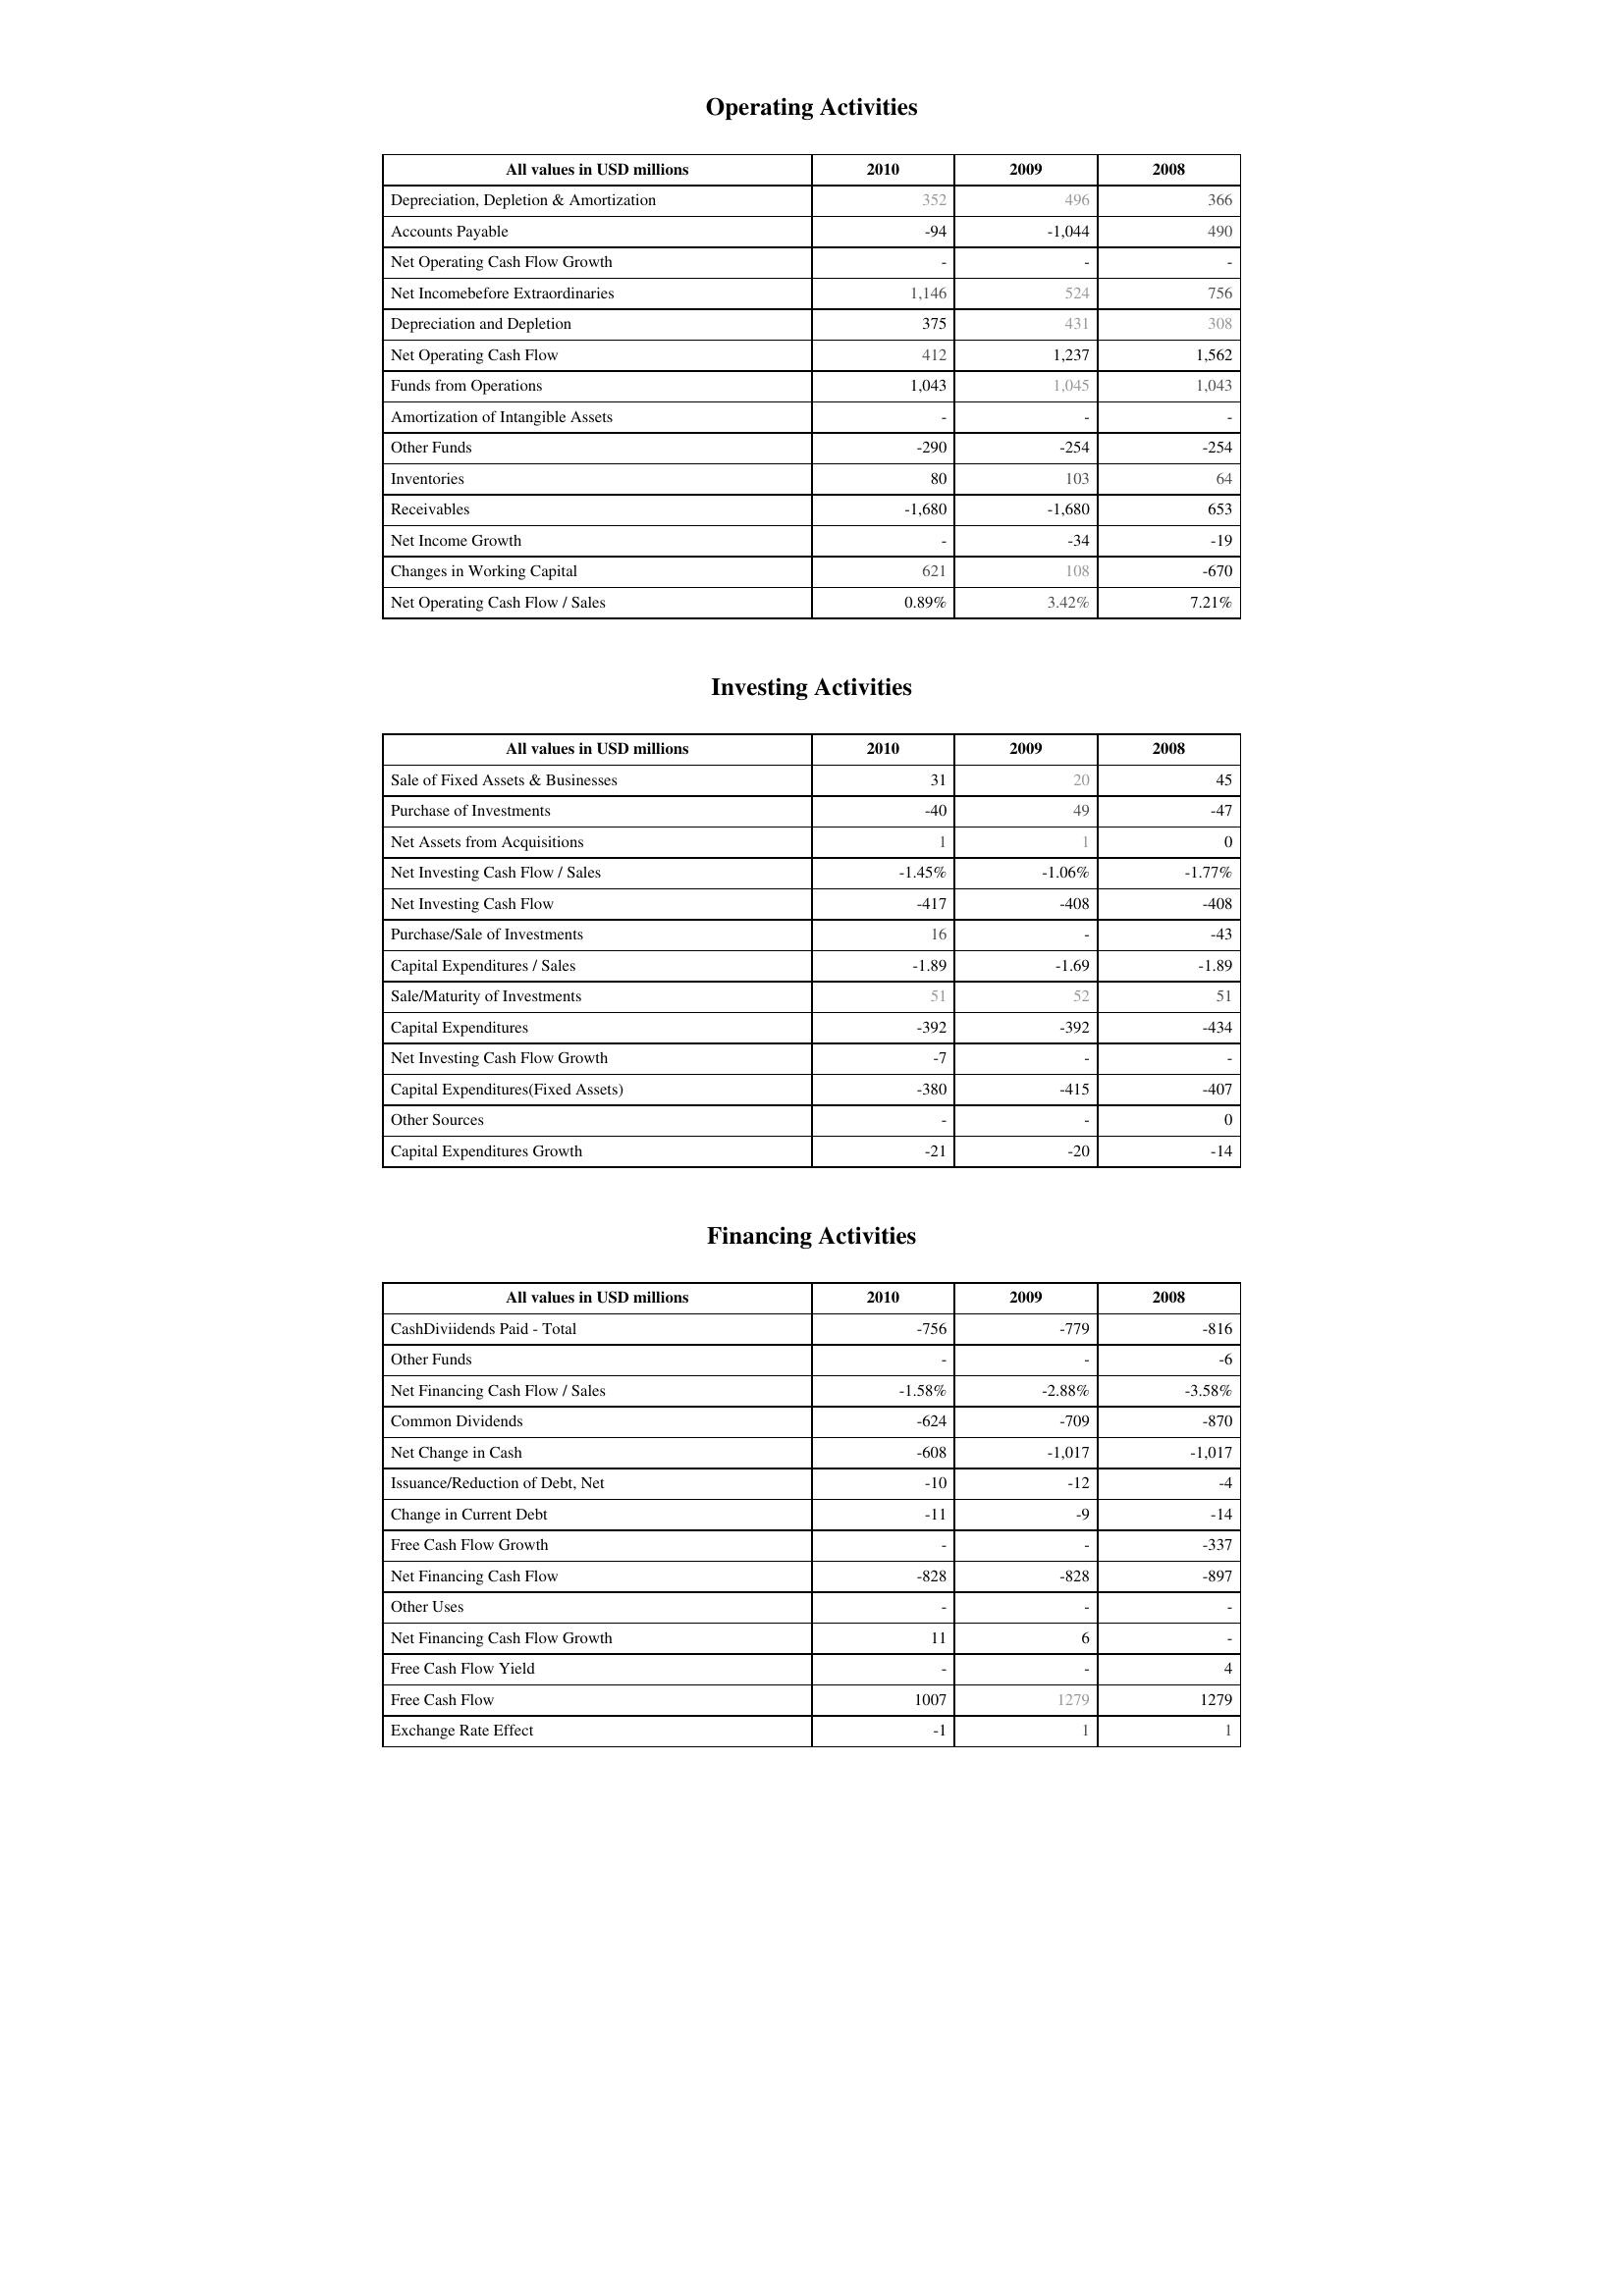
2010: Operating Activities: Depreciation, Depletion & Amortization: 352
Accounts Payable: -94
Net Operating Cash Flow Growth: -
Net Incomebefore Extraordinaries: 1,146
Depreciation and Depletion: 375
Net Operating Cash Flow: 412
Funds from Operations: 1,043
Amortization of Intangible Assets: -
Other Funds: -290
Inventories: 80
Receivables: -1,680
Net Income Growth: -
Changes in Working Capital: 621
Net Operating Cash Flow / Sales: 0.89%
Investing Activities: Sale of Fixed Assets & Businesses: 31
Purchase of Investments: -40
Net Assets from Acquisitions: 1
Net Investing Cash Flow / Sales: -1.45%
Net Investing Cash Flow: -417
Purchase/Sale of Investments: 16
Capital Expenditures / Sales: -1.89
Sale/Maturity of Investments: 51
Capital Expenditures: -392
Net Investing Cash Flow Growth: -7
Capital Expenditures(Fixed Assets): -380
Other Sources: -
Capital Expenditures Growth: -21
Financing Activities: CashDiviidends Paid - Total: -756
Other Funds: -
Net Financing Cash Flow / Sales: -1.58%
Common Dividends: -624
Net Change in Cash: -608
Issuance/Reduction of Debt, Net: -10
Change in Current Debt: -11
Free Cash Flow Growth: -
Net Financing Cash Flow: -828
Other Uses: -
Net Financing Cash Flow Growth: 11
Free Cash Flow Yield: -
Free Cash Flow: 1007
Exchange Rate Effect: -1
2009: Operating Activities: Depreciation, Depletion & Amortization: 496
Accounts Payable: -1,044
Net Operating Cash Flow Growth: -
Net Incomebefore Extraordinaries: 524
Depreciation and Depletion: 431
Net Operating Cash Flow: 1,237
Funds from Operations: 1,045
Amortization of Intangible Assets: -
Other Funds: -254
Inventories: 103
Receivables: -1,680
Net Income Growth: -34
Changes in Working Capital: 108
Net Operating Cash Flow / Sales: 3.42%
Investing Activities: Sale of Fixed Assets & Businesses: 20
Purchase of Investments: 49
Net Assets from Acquisitions: 1
Net Investing Cash Flow / Sales: -1.06%
Net Investing Cash Flow: -408
Purchase/Sale of Investments: -
Capital Expenditures / Sales: -1.69
Sale/Maturity of Investments: 52
Capital Expenditures: -392
Net Investing Cash Flow Growth: -
Capital Expenditures(Fixed Assets): -415
Other Sources: -
Capital Expenditures Growth: -20
Financing Activities: CashDiviidends Paid - Total: -779
Other Funds: -
Net Financing Cash Flow / Sales: -2.88%
Common Dividends: -709
Net Change in Cash: -1,017
Issuance/Reduction of Debt, Net: -12
Change in Current Debt: -9
Free Cash Flow Growth: -
Net Financing Cash Flow: -828
Other Uses: -
Net Financing Cash Flow Growth: 6
Free Cash Flow Yield: -
Free Cash Flow: 1279
Exchange Rate Effect: 1
2008: Operating Activities: Depreciation, Depletion & Amortization: 366
Accounts Payable: 490
Net Operating Cash Flow Growth: -
Net Incomebefore Extraordinaries: 756
Depreciation and Depletion: 308
Net Operating Cash Flow: 1,562
Funds from Operations: 1,043
Amortization of Intangible Assets: -
Other Funds: -254
Inventories: 64
Receivables: 653
Net Income Growth: -19
Changes in Working Capital: -670
Net Operating Cash Flow / Sales: 7.21%
Investing Activities: Sale of Fixed Assets & Businesses: 45
Purchase of Investments: -47
Net Assets from Acquisitions: 0
Net Investing Cash Flow / Sales: -1.77%
Net Investing Cash Flow: -408
Purchase/Sale of Investments: -43
Capital Expenditures / Sales: -1.89
Sale/Maturity of Investments: 51
Capital Expenditures: -434
Net Investing Cash Flow Growth: -
Capital Expenditures(Fixed Assets): -407
Other Sources: 0
Capital Expenditures Growth: -14
Financing Activities: CashDiviidends Paid - Total: -816
Other Funds: -6
Net Financing Cash Flow / Sales: -3.58%
Common Dividends: -870
Net Change in Cash: -1,017
Issuance/Reduction of Debt, Net: -4
Change in Current Debt: -14
Free Cash Flow Growth: -337
Net Financing Cash Flow: -897
Other Uses: -
Net Financing Cash Flow Growth: -
Free Cash Flow Yield: 4
Free Cash Flow: 1279
Exchange Rate Effect: 1